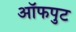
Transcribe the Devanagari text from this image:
ऑफपुट